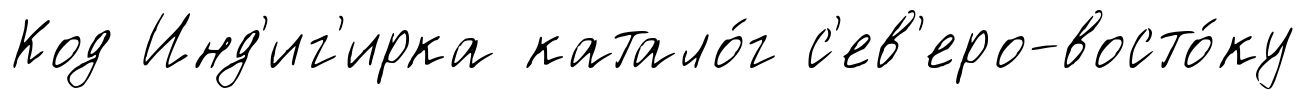
Код Инд'иг'ирка катало́г с'ев'еро-восто́ку